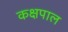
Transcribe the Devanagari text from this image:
कक्षपाल